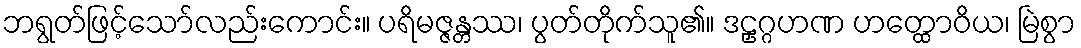
ဘရွတ်ဖြင့်သော်လည်းကောင်း။ ပရိမဇ္ဇန္တဿ၊ ပွတ်တိုက်သူ၏။ ဒဠှဂ္ဂဟဏ ဟတ္ထောဝိယ၊ မြဲစွာ